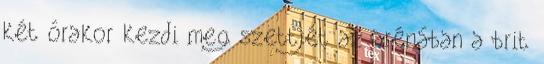
két órakor kezdi meg szettjét az arénában a brit